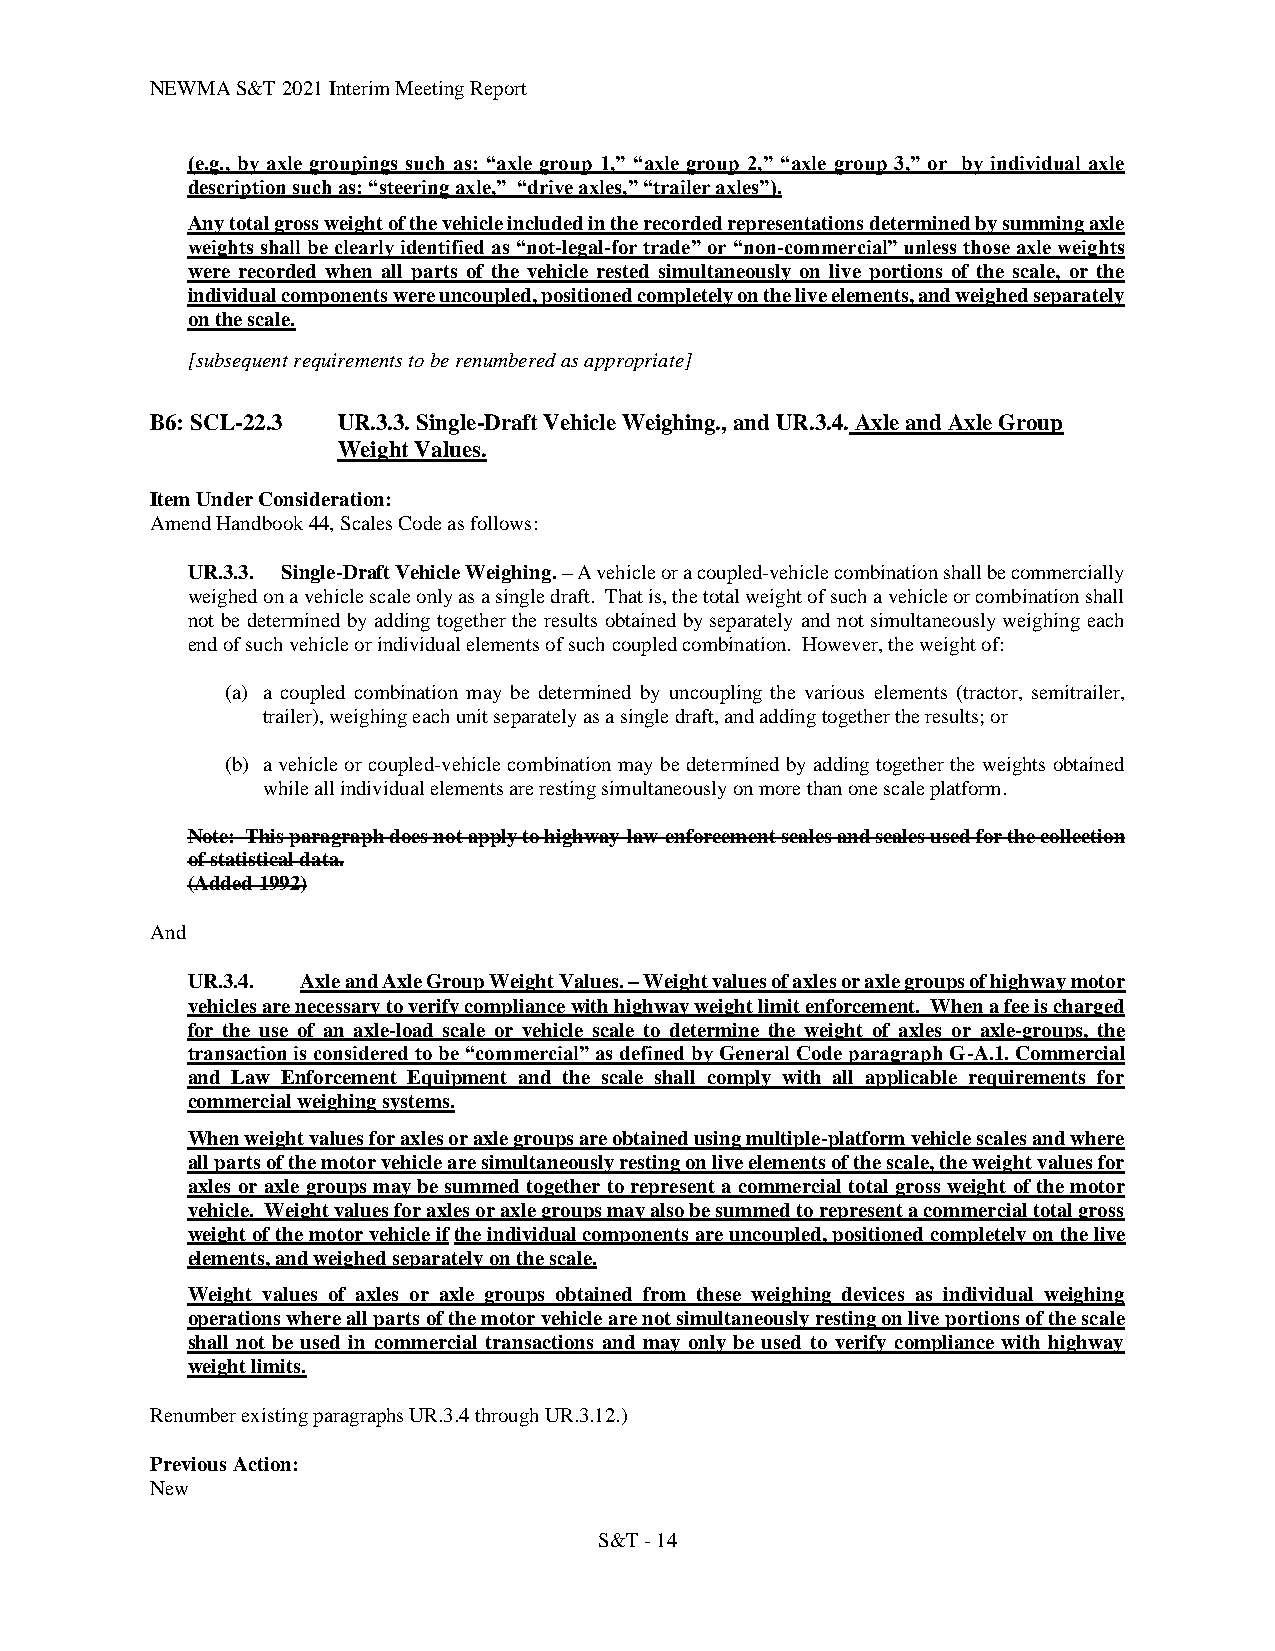
NEWMA S&T 2021 Interim Meeting Report
 (e.g., by axle groupings such as: “axle group 1,” “axle group 2,” “axle group 3,” or by individual axle
 description such as: “steering axle,” “drive axles,” “trailer axles”).
 Any total gross weight of the vehicle included in the recorded representations determined by summing axle
 weights shall be clearly identified as “not-legal-for trade” or “non-commercial” unless those axle weights
 were recorded when all parts of the vehicle rested simultaneously on live portions of the scale, or the
 individual components were uncoupled, positioned completely on the live elements, and weighed separately
 on the scale.
 [subsequent requirements to be renumbered as appropriate]
 B6: SCL-22.3 UR.3.3. Single-Draft Vehicle Weighing., and UR.3.4. Axle and Axle Group
 Weight Values.
 Item Under Consideration:
 Amend Handbook 44, Scales Code as follows:
 UR.3.3. Single-Draft Vehicle Weighing. – A vehicle or a coupled-vehicle combination shall be commercially
 weighed on a vehicle scale only as a single draft. That is, the total weight of such a vehicle or combination shall
 not be determined by adding together the results obtained by separately and not simultaneously weighing each
 end of such vehicle or individual elements of such coupled combination. However, the weight of:
 (a) a coupled combination may be determined by uncoupling the various elements (tractor, semitrailer,
 trailer), weighing each unit separately as a single draft, and adding together the results; or
 (b) a vehicle or coupled-vehicle combination may be determined by adding together the weights obtained
 while all individual elements are resting simultaneously on more than one scale platform.
 Note: This paragraph does not apply to highway-law-enforcement scales and scales used for the collection
 of statistical data.
 (Added 1992)
 And
 UR.3.4. Axle and Axle Group Weight Values. – Weight values of axles or axle groups of highway motor
 vehicles are necessary to verify compliance with highway weight limit enforcement. When a fee is charged
 for the use of an axle-load scale or vehicle scale to determine the weight of axles or axle-groups, the
 transaction is considered to be “commercial” as defined by General Code paragraph G-A.1. Commercial
 and Law Enforcement Equipment and the scale shall comply with all applicable requirements for
 commercial weighing systems.
 When weight values for axles or axle groups are obtained using multiple-platform vehicle scales and where
 all parts of the motor vehicle are simultaneously resting on live elements of the scale, the weight values for
 axles or axle groups may be summed together to represent a commercial total gross weight of the motor
 vehicle. Weight values for axles or axle groups may also be summed to represent a commercial total gross
 weight of the motor vehicle if the individual components are uncoupled, positioned completely on the live
 elements, and weighed separately on the scale.
 Weight values of axles or axle groups obtained from these weighing devices as individual weighing
 operations where all parts of the motor vehicle are not simultaneously resting on live portions of the scale
 shall not be used in commercial transactions and may only be used to verify compliance with highway
 weight limits.
 Renumber existing paragraphs UR.3.4 through UR.3.12.)
 Previous Action:
 New
 S&T - 14